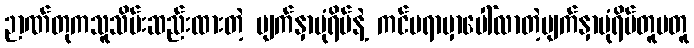
ဉာဏ်တုကသူသိမ်းဆည်းထားတဲ့ မျက်နှာပုံရိပ်နဲ့ ကင်မရာမှာပေါ်လာတဲ့မျက်နှာပုံရိပ်တူမတူ